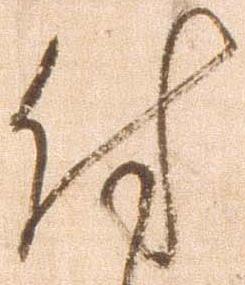
付